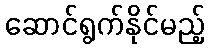
ဆောင်ရွက်နိုင်မည့်